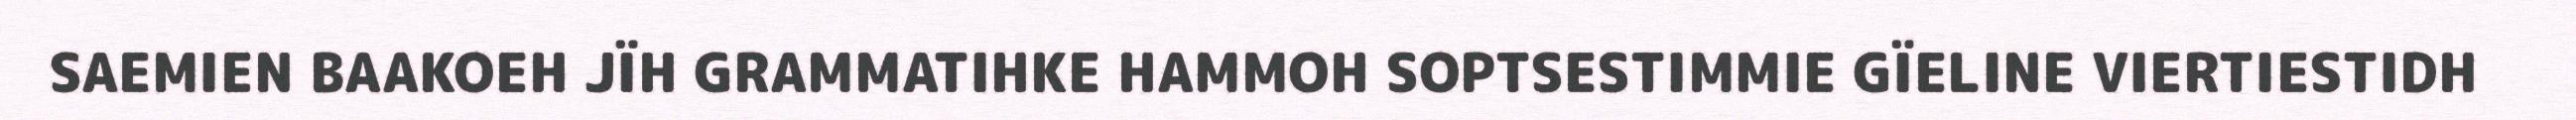
SAEMIEN BAAKOEH JÏH GRAMMATIHKE HAMMOH SOPTSESTIMMIE GÏELINE VIERTIESTIDH